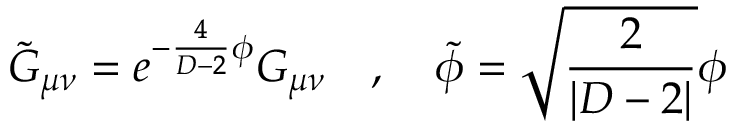
\tilde { G } _ { \mu \nu } = e ^ { - \frac { 4 } { D - 2 } \phi } G _ { \mu \nu } ~ ~ ~ , ~ ~ ~ \tilde { \phi } = \sqrt { \frac { 2 } { | D - 2 | } } \phi